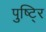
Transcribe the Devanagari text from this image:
पुष्टि्र